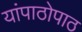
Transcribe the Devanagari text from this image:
यांपाठोपाठ